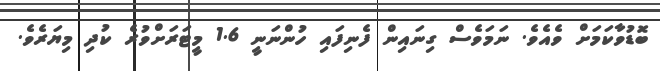
ބޮޑުވާކަމަށް ވެއެވެ. ނަމަވެސް ގިނައިން ފެނިފައި ހުންނަނީ 1.6 މީޓަރަށްވުރެ ކުދި މިޔަރެވެ.